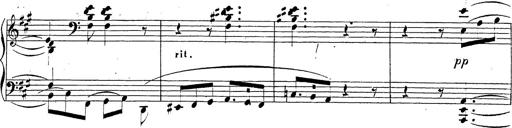
Title: Chanson bohÃ©mienne
Composer: Franz Liszt